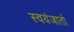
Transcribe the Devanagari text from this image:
स्वयंजातो